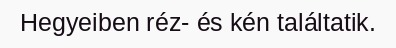
Hegyeiben réz- és kén találtatik.